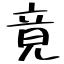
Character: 竟